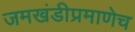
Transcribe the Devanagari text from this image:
जमखंडीप्रमाणेच